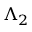
\Lambda _ { 2 }